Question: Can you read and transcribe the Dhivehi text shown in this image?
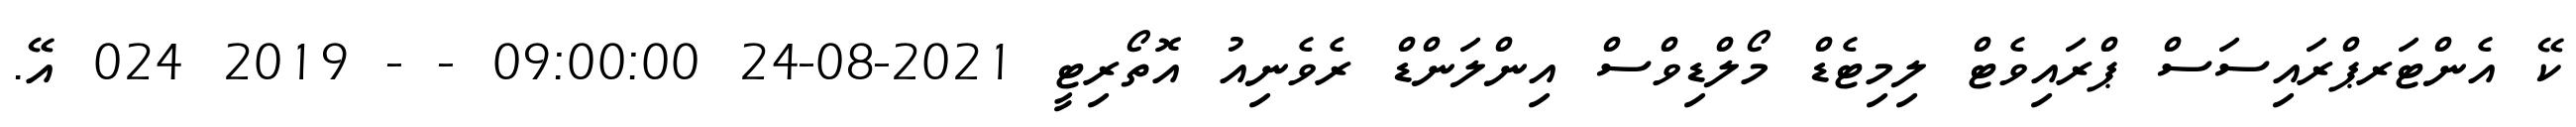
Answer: ކޭ އެންޓަރޕްރައިސަސް ޕްރައިވެޓް ލިމިޓެޑް މޯލްޑިވްސް އިންލަންޑް ރެވެނިއު އޮތޯރިޓީ 2021-08-24 09:00:00 - - 2019 024 އޭ.